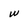
Character: w